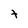
Character: t